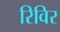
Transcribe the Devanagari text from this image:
रिविर